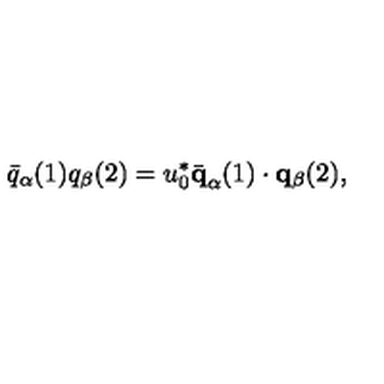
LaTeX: \bar { q } _ { \alpha } ( 1 ) q _ { \beta } ( 2 ) = u _ { 0 } ^ { * } \bar { \bf q } _ { \alpha } ( 1 ) \cdot { \bf q } _ { \beta } ( 2 ) ,